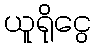
ယူရိုငွေ